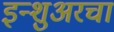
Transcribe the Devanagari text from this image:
इन्‍शुअरचा